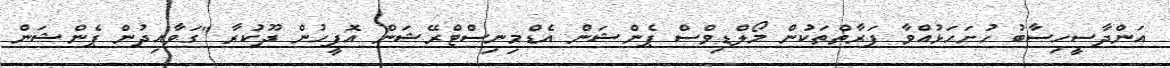
އަންދާސީހިސާބު ހުށަހަޅުއްވާ ފަރާތްތަކުން މޯލްޑިވްސް ޕެންޝަން އެޑްމިނިސްޓްރޭޝަން އޮފީހުން ދޫކުރާ ''ގަވާއިދުން ޕެންޝަން